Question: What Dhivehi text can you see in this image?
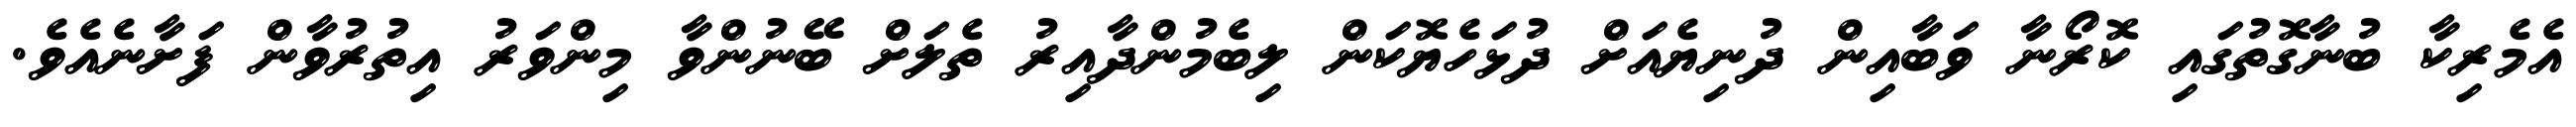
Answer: އެމެރިކާ ބުނާގޮތުގައި ކޮރޯނާ ވަބާއިން ދުނިޔެއަށް ދުޅަހެޔޮކަން ލިބެމުންދާއިރު ތެލަށް ބޭނުންވާ މިންވަރު އިތުރުވާން ފަށާނެއެވެ.